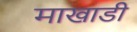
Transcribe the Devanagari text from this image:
माखाडी